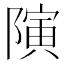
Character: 𱀯